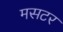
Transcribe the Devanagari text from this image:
मसटर